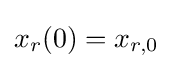
x_{r}(0)=x_{r,0}